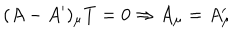
LaTeX: ( A - A ^ { \prime } ) _ { \mu } T = 0 \Rightarrow A _ { \mu } = A _ { \mu } ^ { \prime }